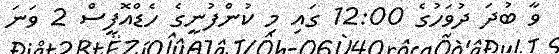
ވާ ބުދަ ދުވަހުގެ 12:00 ގައި މި ކުންފުނީގެ ހެޑްއޮފީސް 2 ވަނަ